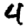
Digit: 4